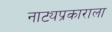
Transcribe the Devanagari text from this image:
नाट्यप्रकाराला